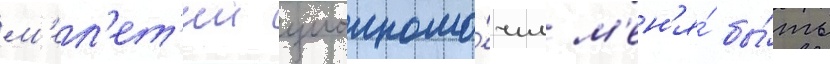
м'ел'ет'ии уполномо́чил м'ен'я́ бы́ть